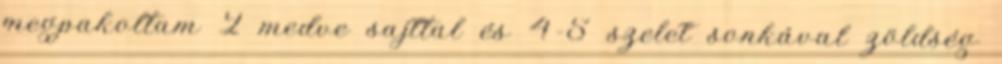
megpakoltam 2 medve sajttal és 4-5 szelet sonkával zöldség